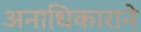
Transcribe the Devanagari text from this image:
अनाधिकाराने